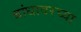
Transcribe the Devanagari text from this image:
बांधावरच्या